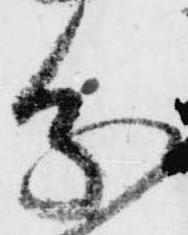
分